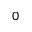
^ { 0 }